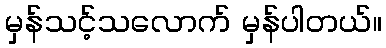
မှန်သင့်သလောက် မှန်ပါတယ်။